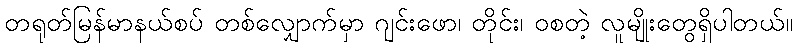
တရုတ်မြန်မာနယ်စပ် တစ်လျှောက်မှာ ဂျင်းဖော၊ တိုင်း၊ ဝစတဲ့ လူမျိုးတွေရှိပါတယ်။